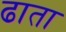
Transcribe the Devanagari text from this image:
ढाता